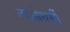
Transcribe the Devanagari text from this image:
ताओधर्मी